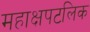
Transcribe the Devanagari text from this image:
महाक्षपटलिक